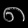
Digit: ၈